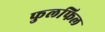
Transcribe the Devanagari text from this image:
फुलफिल